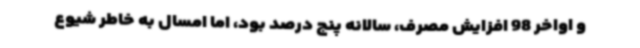
و اواخر 98 افزایش مصرف، سالانه پنج درصد بود، اما امسال به خاطر شیوع